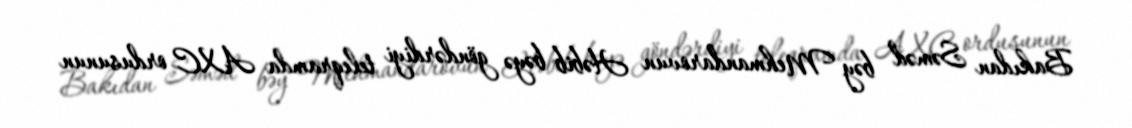
Bakıdan Səməd bəy Mehmandarovun Həbib bəyə göndərdiyi teleqramda AXC ordusunun